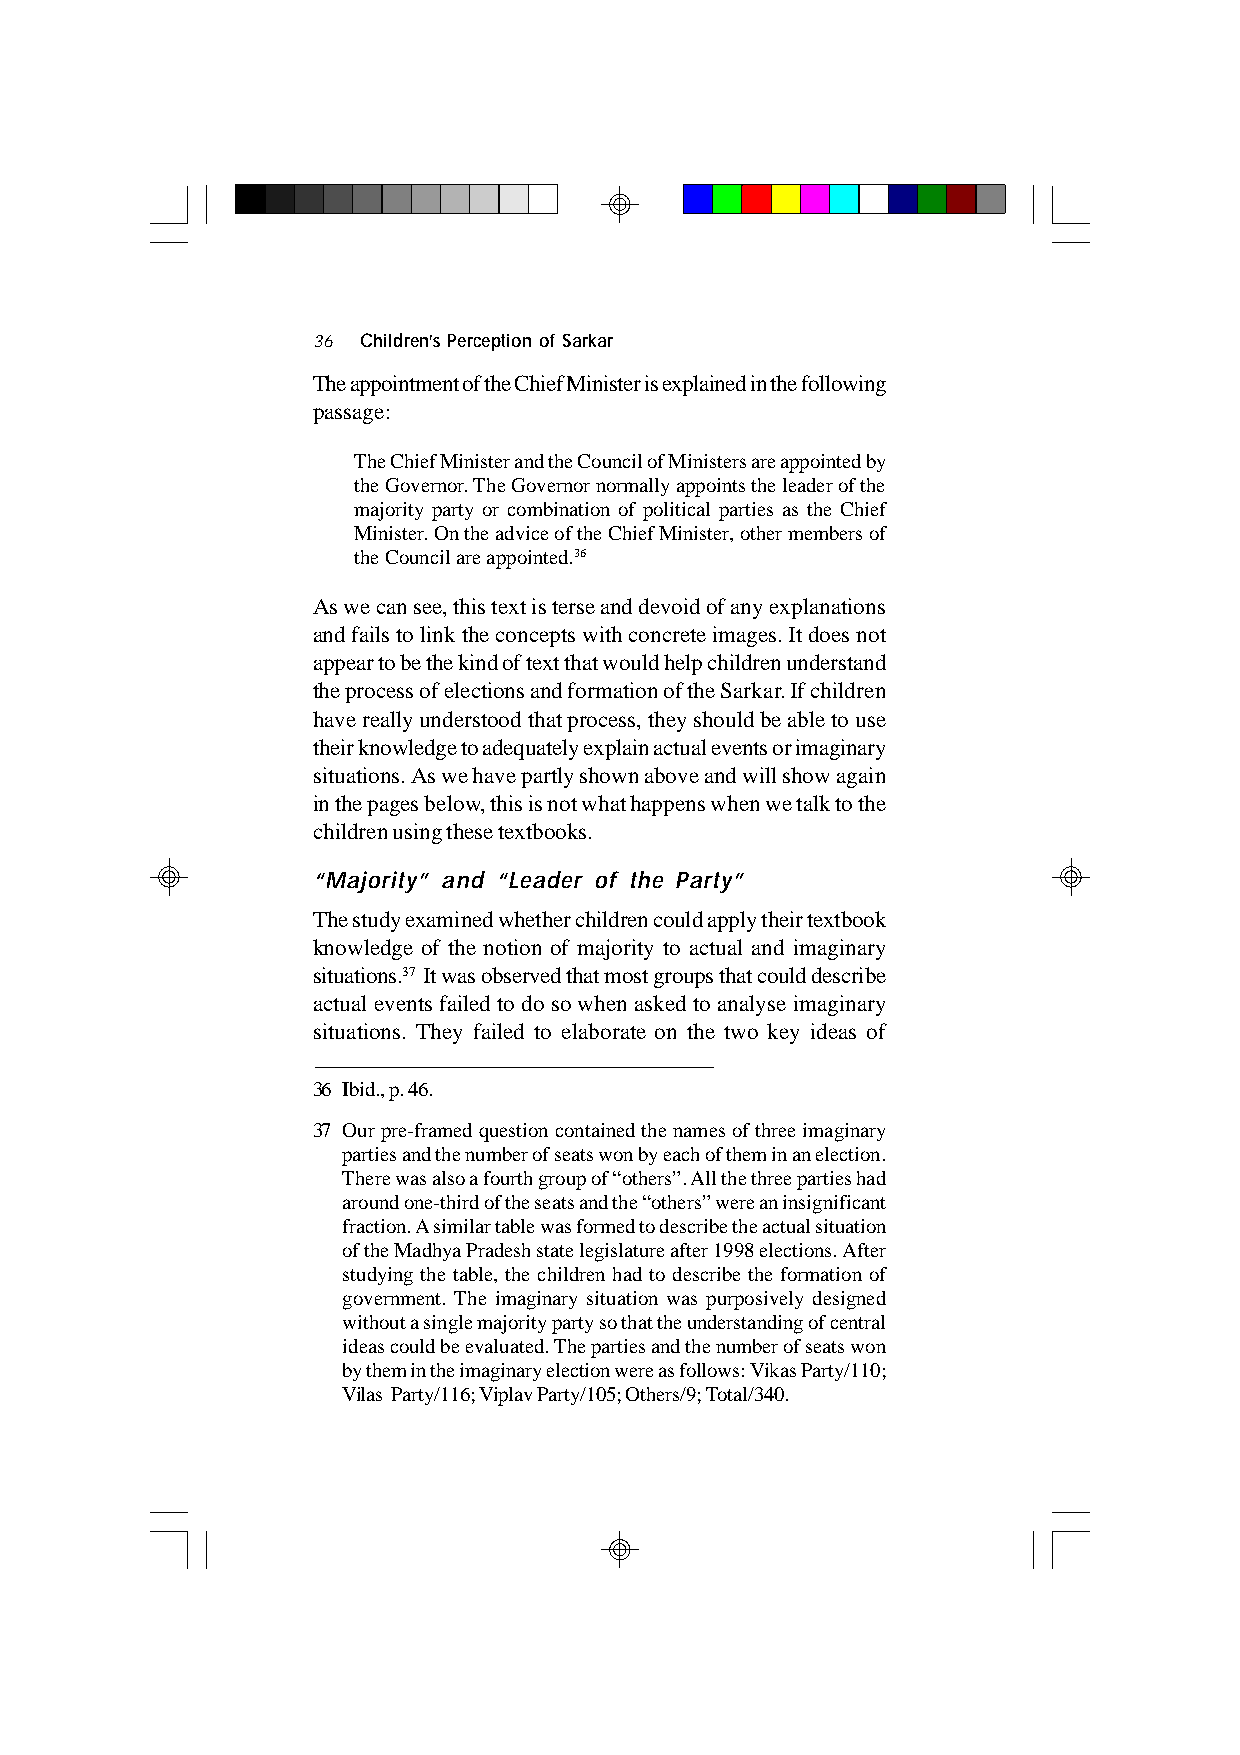
36 Children’s Perception of Sarkar
 The appointment of the Chief Minister is explained in the following
 passage:
 The Chief Minister and the Council of Ministers are appointed by
 the Governor. The Governor normally appoints the leader of the
 majority party or combination of political parties as the Chief
 Minister. On the advice of the Chief Minister, other members of
 the Council are appointed.36
 As we can see, this text is terse and devoid of any explanations
 and fails to link the concepts with concrete images. It does not
 appear to be the kind of text that would help children understand
 the process of elections and formation of the Sarkar. If children
 have really understood that process, they should be able to use
 their knowledge to adequately explain actual events or imaginary
 situations. As we have partly shown above and will show again
 in the pages below, this is not what happens when we talk to the
 children using these textbooks.
 “Majority” and “Leader of the Party”
 The study examined whether children could apply their textbook
 knowledge of the notion of majority to actual and imaginary
 situations.37 It was observed that most groups that could describe
 actual events failed to do so when asked to analyse imaginary
 situations. They failed to elaborate on the two key ideas of
 36 Ibid., p. 46.
 37 Our pre-framed question contained the names of three imaginary
 parties and the number of seats won by each of them in an election.
 There was also a fourth group of “others”. All the three parties had
 around one-third of the seats and the “others” were an insignificant
 fraction. A similar table was formed to describe the actual situation
 of the Madhya Pradesh state legislature after 1998 elections. After
 studying the table, the children had to describe the formation of
 government. The imaginary situation was purposively designed
 without a single majority party so that the understanding of central
 ideas could be evaluated. The parties and the number of seats won
 by them in the imaginary election were as follows: Vikas Party/110;
 Vilas Party/116; Viplav Party/105; Others/9; Total/340.